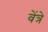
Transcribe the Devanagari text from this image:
वेंत्रे